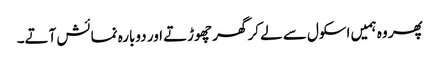
پھر وہ ہمیں اسکول سے لے کر گھر چھوڑتے اور دوبارہ نمائش آتے۔